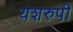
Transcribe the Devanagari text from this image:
यशरुपी